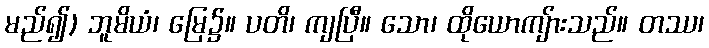
မည်၍) ဘူမိယံ၊ မြေ၌။ ပတိ၊ ကျပြီ။ သော၊ ထိုယောကျ်ားသည်။ တဿ၊